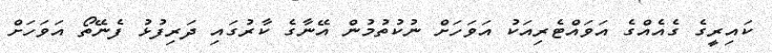
ކައިރީގެ ގެއެއްގެ އަވައްޓެރިއަކު އަވަހަށް ނުކުތުމުން އޭނާގެ ކާރުގައި ދަރިފުޅު ފެނޭތޯ އަވަހަށް